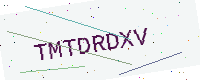
Text: TMTDRDXV